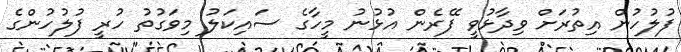
ފުލުހުން އިތުރަށް ވިދާޅުވީ ފޭރެން އުޅުނު މީހާގެ ސައިކަލު މިވަގުތު ހުރީ ފުލުހުންގެ